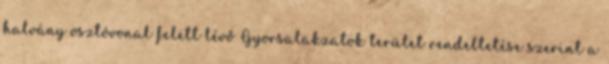
halvány osztóvonal felett lévő Gyorsalakzatok terület rendeltetése szerint a